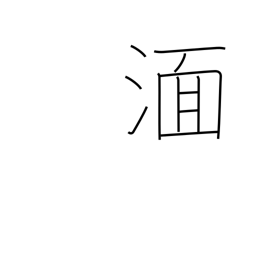
Meaning: be immersed